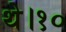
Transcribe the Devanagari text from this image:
थे।१०